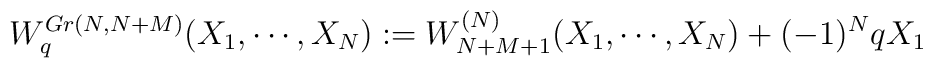
W_{q}^{Gr(N,N+M)}(X_{1},\cdots,X_{N}):= W_{N+M+1}^{(N)}(X_{1},\cdots,X_{N})+(-1)^NqX_{1}